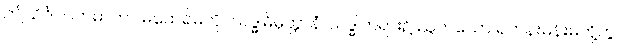
ဤသိင်္ဂါလကမာတာ မထေရ်မကို။ သဒ္ဓါဓိမုတ္တာနံ၊ သဒ္ဓါတရား၌ ညွတ်သော ရဟန်းမိန်းမတို့တွင်။